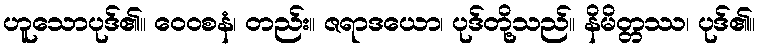
ဟူသောပုဒ်၏။ ဝေဝစနံ၊ တည်း။ ဇရာဒယော၊ ပုဒ်တို့သည်။ နိမိတ္တဿ၊ ပုဒ်၏။